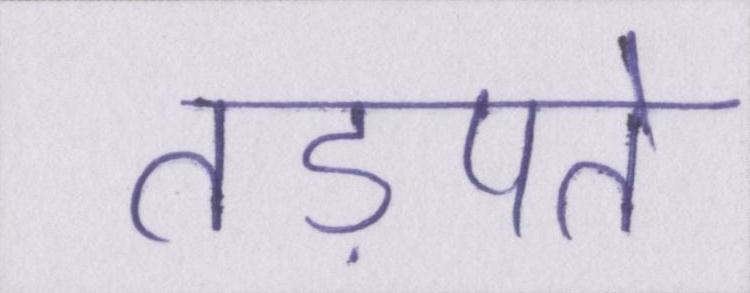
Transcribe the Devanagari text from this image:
तड़पते